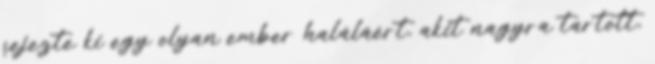
fejezte ki egy olyan ember haláláért, akit nagyra tartott,